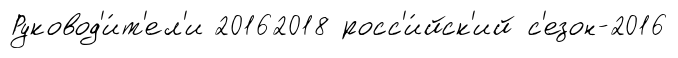
Руковод'и́т'ел'и 20162018 росс'и́йск'ий с'езон-2016